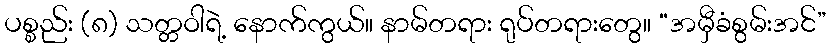
ပစ္စည်း (၈) သတ္တဝါရဲ့ နောက်ကွယ်။ နာမ်တရား ရုပ်တရားတွေ။ “အမှီခံစွမ်းအင်”